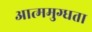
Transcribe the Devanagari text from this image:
आत्ममुग्धता